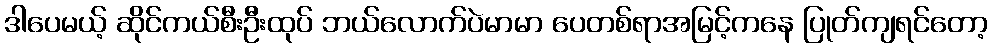
ဒါပေမယ့် ဆိုင်ကယ်စီးဦးထုပ် ဘယ်လောက်ပဲမာမာ ပေတစ်ရာအမြင့်ကနေ ပြုတ်ကျရင်တော့